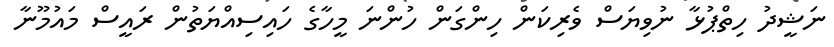
ނަޝީދު ހިތްޕުޅާ ނުވިޔަސް ވެރިކަން ހިންގަން ހުންނަ މީހާގެ ހައިސިއްޔަތުން ރައީސް މައުމޫނާ